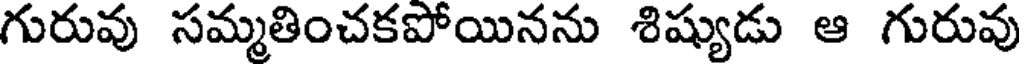
గురువు సమ్మతించకపోయినను శిష్యుడు ఆ గురువు